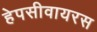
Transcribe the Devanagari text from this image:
हेपसीवायरस